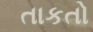
તાકતો